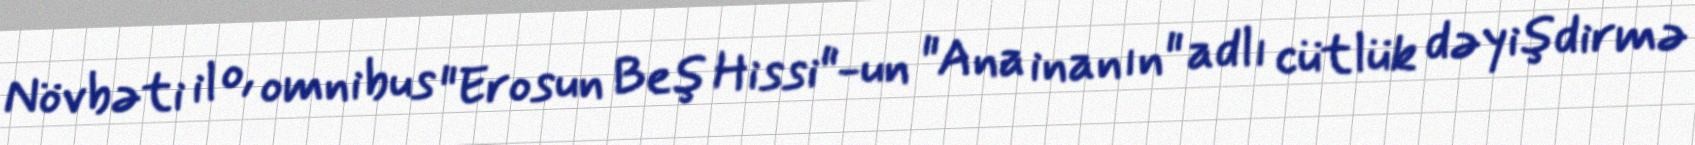
Növbəti il o, omnibus "Erosun Beş Hissi"-un "Ana inanın" adlı cütlük dəyişdirmə